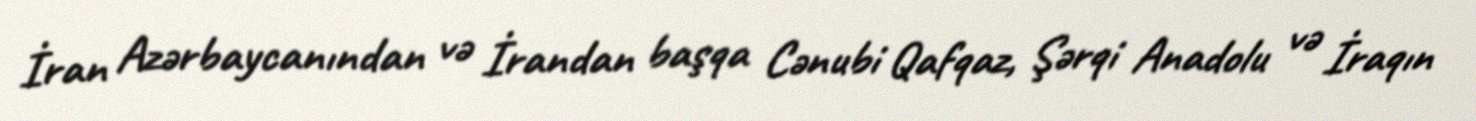
İran Azərbaycanından və İrandan başqa Cənubi Qafqaz, Şərqi Anadolu və İraqın